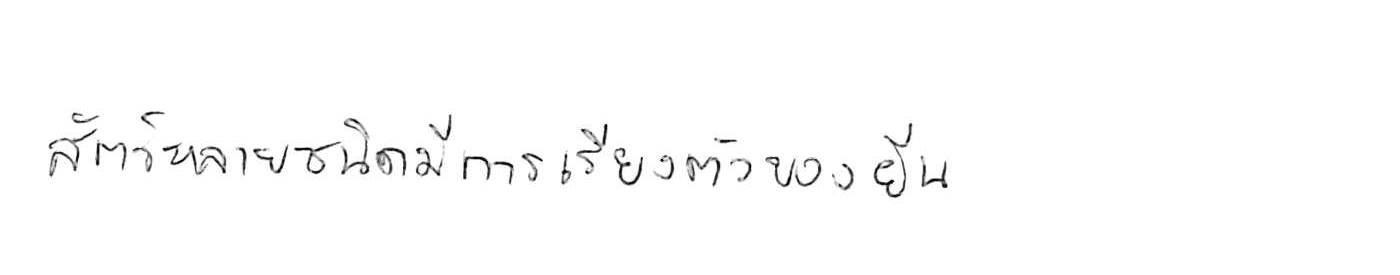
สัตว์หลายชนิดมีการเรียงตัวของยีน